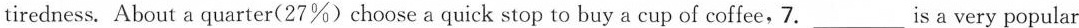
tiredness. About a quarter(27%)choose a quick stop to buy a cup of coffee, 7. ___ Is a very popular